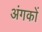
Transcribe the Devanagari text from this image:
अंगकों